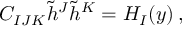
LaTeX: C _ { I J K } \tilde { h } ^ { J } \tilde { h } ^ { K } = H _ { I } ( y ) \, ,